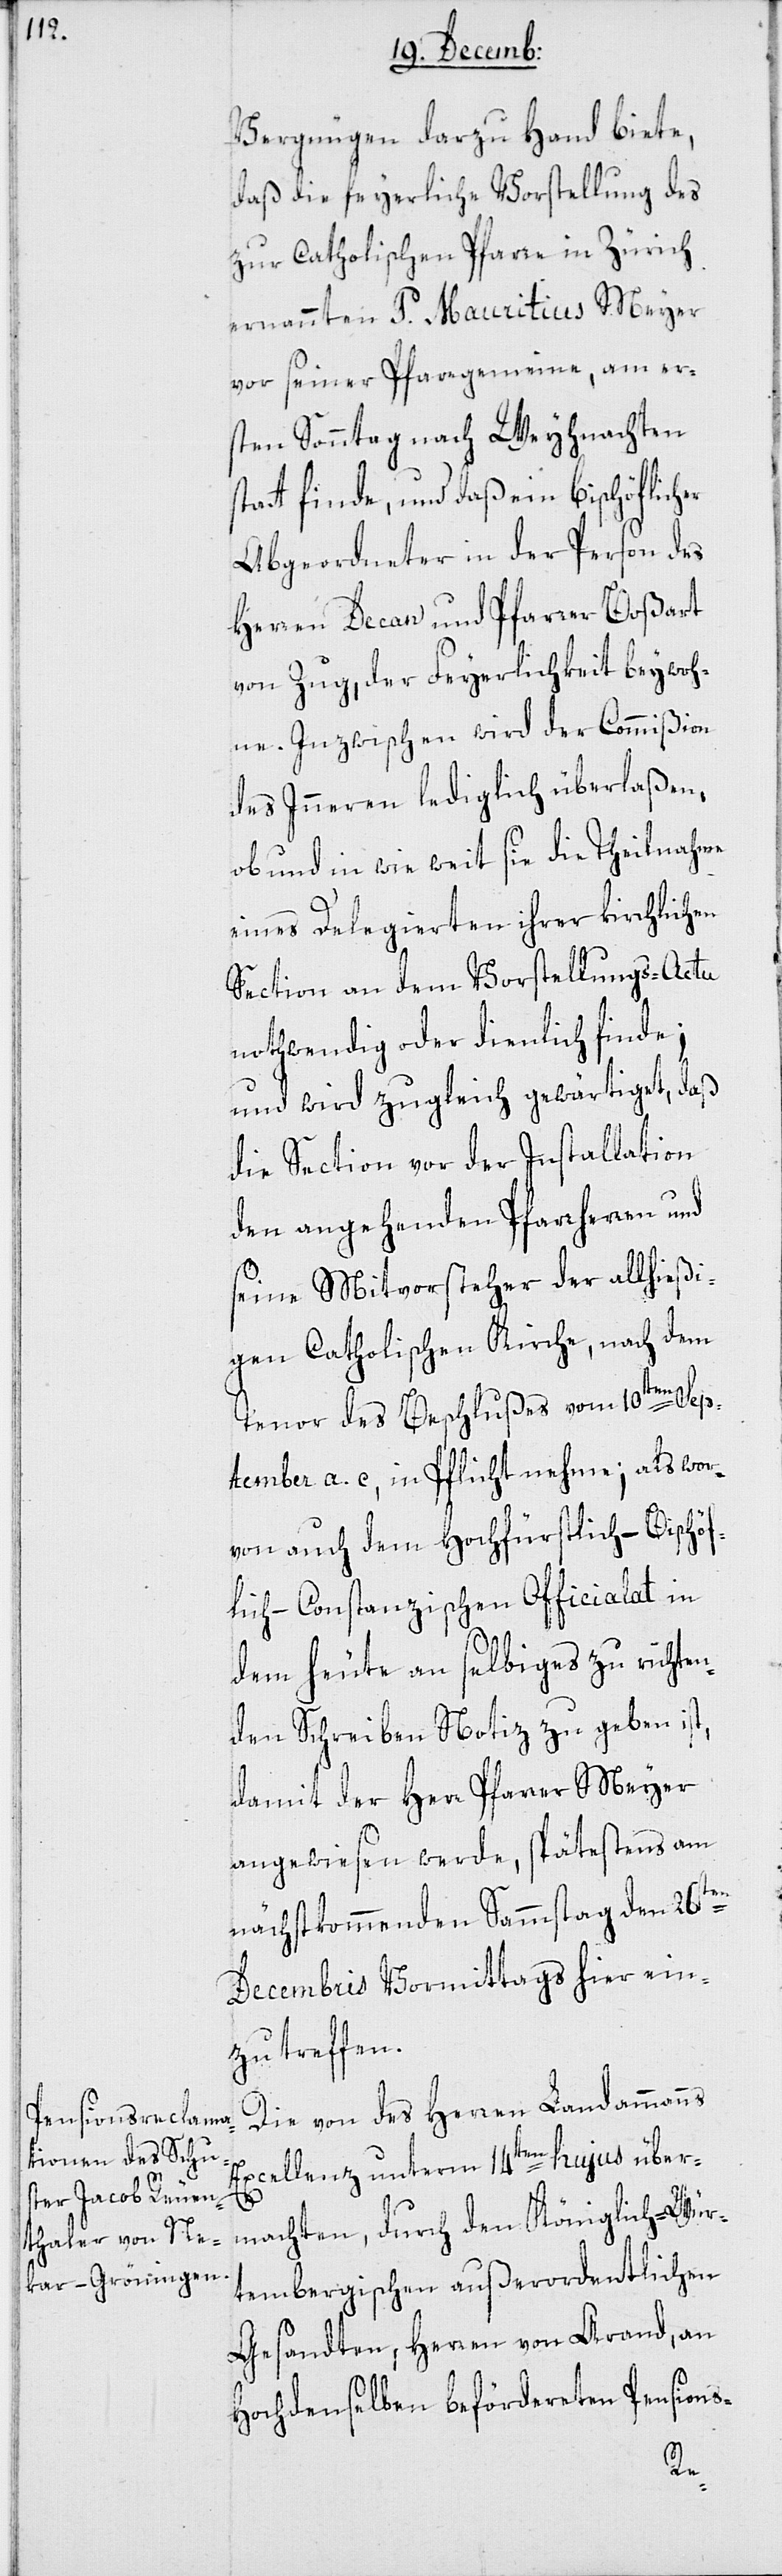
Vergnügen darzu Hand biete,
daß die feyerliche Vorstellung des
zur Catholischen Pfarre in Zürich
ernannten P. Mauritius Meyer
vor seiner Pfarrgemein[d]e, am er¬
sten Sonntag nach Weyhnachten
tt finde, und daß ein bischöflicher
Abgeordneter in der Person des
Herren Decan und Pfarrer Boßart
von Zug, der Feyerlichkeit beywoh¬
ne. Inzwischen wird der Commißion
des Inneren lediglich überlaßen,
ob und in wie weit sie die Theilnahme
eines Delegierten ihrer kirchlichen
Section an dem Vorstellungs-Actu
nothwendig oder dienlich finde;
und wird zugleich gewärtiget, daß
die Section vor der Installation
den angehenden Pfarrherren und
seine Mitvorsteher der allhießi¬
gen Catholischen Kirche, nach dem
Tenor des Beschlußes vom 10ten Sep¬
tember a. c. in Pflicht nehme; als wor¬
von auch dem Hochfürstlich-Bischöf¬
lich-Constanzischen Officialat in
dem heute an selbiges zu richten¬
den Schreiben Notiz zu geben ist,
damit der Herr Pfarrer Meyer
angewiesen werde, spätestens am
nächstkommenden Sammstag den 26sten
Decembris Vormittags hier ein¬
zutreffen.
Die von des Herren Landammanns
Excellenz unterm 14ten hujus über¬
machten, durch den Königlich-Würt¬
tembergischen außerordentlichen
Gesandten, Herren von Arand, an
Hochdenselben beförderten Pensions-
sta¬